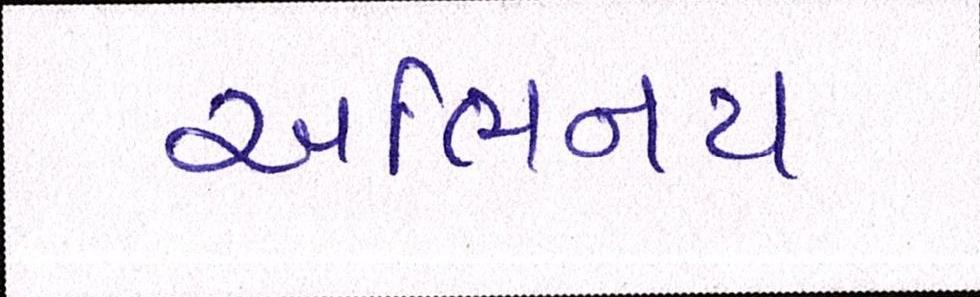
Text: અભિનય